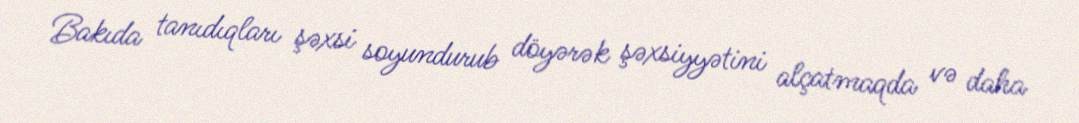
Bakıda tanıdıqları şəxsi soyundurub döyərək şəxsiyyətini alçatmaqda və daha